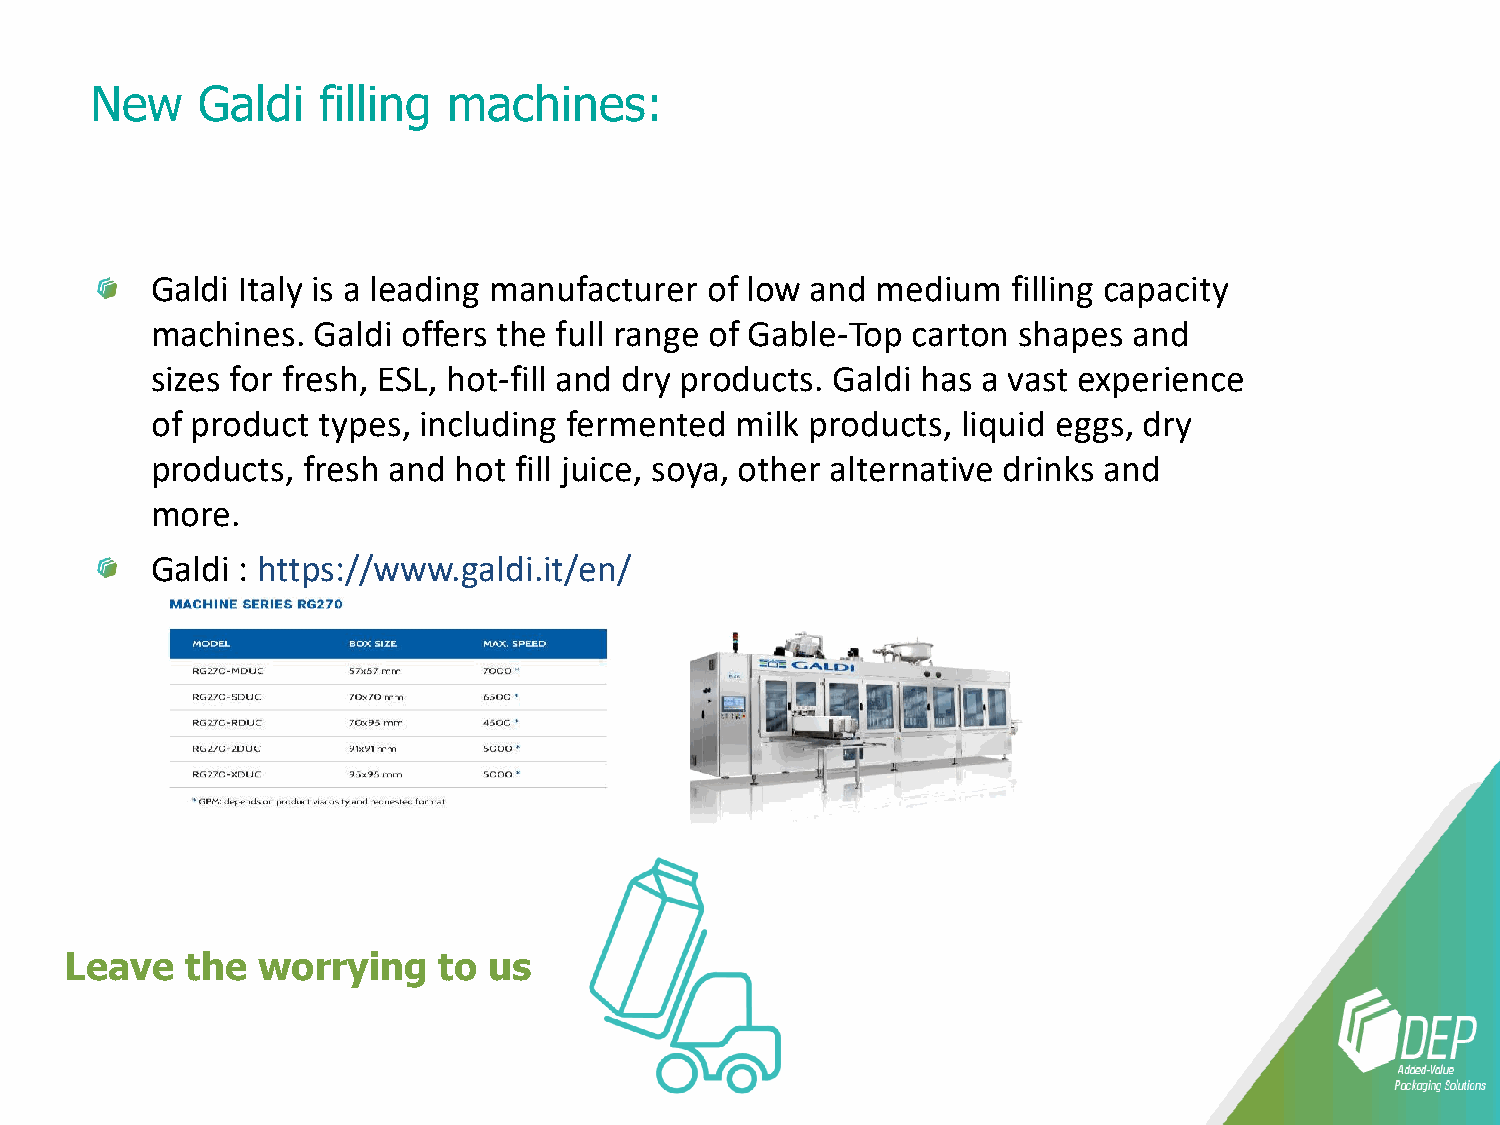
New    Galdi   filling  machines:
 Galdi Italy is a leading manufacturer of low and medium  filling capacity
 machines.  Galdi offers the full range of Gable-Top carton shapes and
 sizes for fresh, ESL, hot-fill and dry products. Galdi has a vast experience
 of product types, including fermented  milk products, liquid eggs, dry
 products, fresh and hot fill juice, soya, other alternative drinks and
 more.
 Galdi : https://www.galdi.it/en/
 Leave   the  worrying    to us